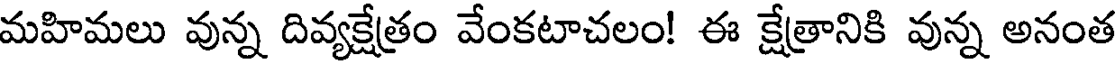
మహిమలు వున్న దివ్యక్షేత్రం వేంకటాచలం! ఈ క్షేత్రానికి వున్న అనంత